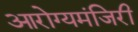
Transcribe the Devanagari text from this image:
आरोग्यमंजिरी